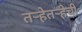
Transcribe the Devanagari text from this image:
तर्‍हेतर्‍हेची